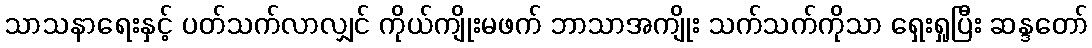
သာသနာရေးနှင့် ပတ်သက်လာလျှင် ကိုယ်ကျိုးမဖက် ဘာသာအကျိုး သက်သက်ကိုသာ ရှေးရှုပြီး ဆန္ဒတော်